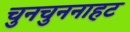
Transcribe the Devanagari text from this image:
चुनचुननाहट